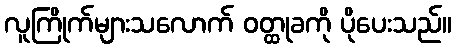
လူကြိုက်များသလောက် ဝတ္ထုခကို ပိုပေးသည်။